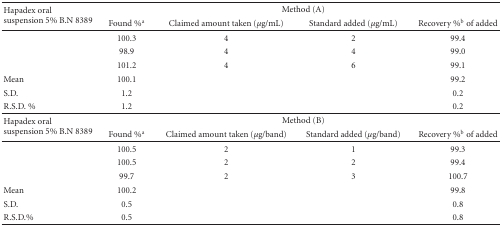
<table><thead><tr><td rowspan="2"><b>Hapadex oral suspension 5% B.N 8389</b></td><td colspan="4"><b>Method (A)</b></td></tr><tr><td><b>Found %<sup>a</sup></b></td><td><b>Claimed amount taken (<i>μ</i>g/mL)</b></td><td><b>Standard added (<i>μ</i>g/mL)</b></td><td><b>Recovery %<sup>b</sup> of added </b></td></tr></thead><tbody><tr><td></td><td>100.3</td><td>4</td><td>2</td><td>99.4</td></tr><tr><td></td><td>98.9</td><td>4</td><td>4</td><td>99.0</td></tr><tr><td></td><td>101.2</td><td>4</td><td>6</td><td>99.1</td></tr><tr><td>Mean</td><td>100.1</td><td></td><td></td><td>99.2</td></tr><tr><td>S.D.</td><td>1.2</td><td></td><td></td><td>0.2</td></tr><tr><td>R.S.D. %</td><td>1.2</td><td></td><td></td><td>0.2</td></tr><tr><td rowspan="2">Hapadex oral suspension 5% B.N 8389</td><td colspan="4">Method (B)</td></tr><tr><td>Found %<sup>a</sup></td><td>Claimed amount taken (<i>μ</i>g/band)</td><td>Standard added (<i>μ</i>g/band)</td><td>Recovery %<sup>b</sup> of added</td></tr><tr><td></td><td>100.5</td><td>2</td><td>1</td><td>99.3</td></tr><tr><td></td><td>100.5</td><td>2</td><td>2</td><td>99.4</td></tr><tr><td></td><td>99.7</td><td>2</td><td>3</td><td>100.7</td></tr><tr><td>Mean</td><td>100.2</td><td></td><td></td><td>99.8</td></tr><tr><td>S.D.</td><td>0.5</td><td></td><td></td><td>0.8</td></tr><tr><td>R.S.D.%</td><td>0.5</td><td></td><td></td><td>0.8</td></tr></tbody></table>